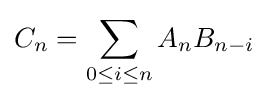
C_{n}=\sum _{0\leq i\leq n}A_{n}B_{n-i}